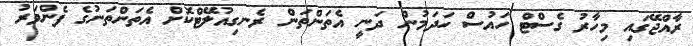
ރާއްޖޭގައި މިހާރު ގެސްޓް ހައުސް ހަދަމުން ދަނީ އެތަންތަން ރެނގިއުލޭޓްކޮށް އެތަންތަނުގެ ފެންވަރު